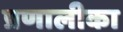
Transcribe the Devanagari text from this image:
प्रणालीका